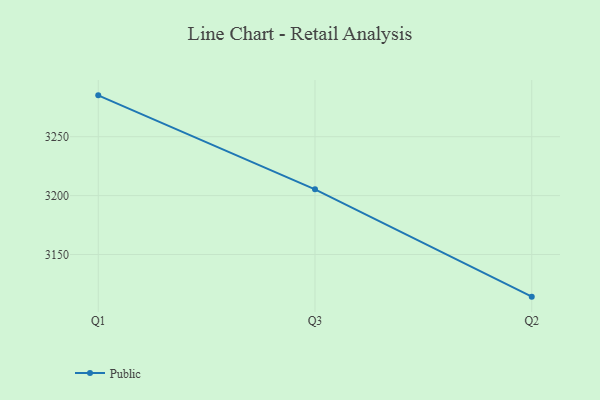
{"axis": {"x": "Quarter", "y": "Population (Million)"}, "legend": ["Public"], "data": [{"x": "Q1", "y": 3285.1, "type": "Public"}, {"x": "Q3", "y": 3205.3, "type": "Public"}, {"x": "Q2", "y": 3114.2, "type": "Public"}]}